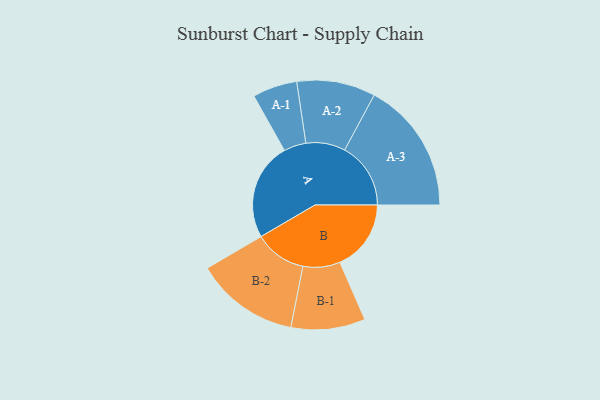
{"axis": {"x": "Segment", "y": "Value"}, "legend": ["", "A", "B"], "data": [{"x": "A", "y": 441, "type": ""}, {"x": "B", "y": 322, "type": ""}, {"x": "A-1", "y": 101, "type": "A"}, {"x": "A-2", "y": 178, "type": "A"}, {"x": "A-3", "y": 299, "type": "A"}, {"x": "B-1", "y": 168, "type": "B"}, {"x": "B-2", "y": 235, "type": "B"}]}